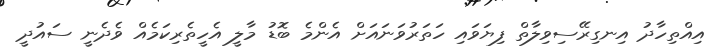
އިއްތިހާދު އިނގިރޭސިވިލާތް ފިޔަވައި ހަތަރުވަނައަށް އެންމެ ބޮޑު މާލީ އެހީތެރިކަމެއް ވެދެނީ ސައުދީ